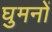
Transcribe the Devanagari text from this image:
घुमनों